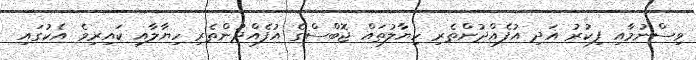
ވިސްނުމާއި ފިކުރު އަދި އުފެއްދުންތެރި ހިޔާލުތައް ޖޮބްސްގެ އުފެއްދުންތެރި ހިޔާލާއި ކައިރިވެ އެކުގައި